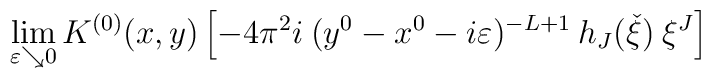
\lim_{\varepsilon \searrow 0} K^{(0)}(x,y) \left[ - 4 \pi^2 i \:(y^0 - x^0 -     i \varepsilon)^{-L+1} \:h_J(\check{\xi})\:\xi^J \right]